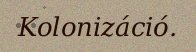
Kolonizáció.